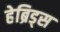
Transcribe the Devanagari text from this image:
हेब्रिड्स